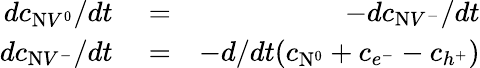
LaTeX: \begin{array}{rlr}{dc_{\mathrm{N}V^{0}}/dt}&{{}=}&{-dc_{\mathrm{N}V^{-}}/dt}\\ {dc_{\mathrm{N}V^{-}}/dt}&{{}=}&{-d/dt(c_{\mathrm{N}^{0}}+c_{e^{-}}-c_{h^{+}})}\end{array}